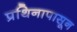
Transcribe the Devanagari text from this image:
प्रथिनापासून